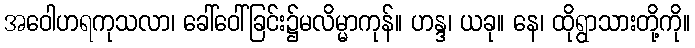
အဝေါဟရကုသလာ၊ ခေါ်ဝေါ်ခြင်း၌မလိမ္မာကုန်။ ဟန္ဒ၊ ယခု။ နေ၊ ထိုရွာသားတို့ကို။